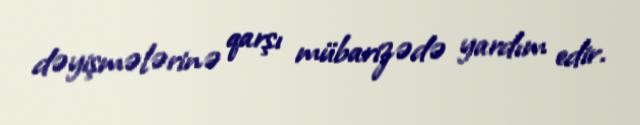
dəyişmələrinə qarşı mübarizədə yardım edir.